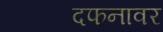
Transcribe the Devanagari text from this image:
दफनावर